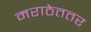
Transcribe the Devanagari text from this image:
मराठेततर